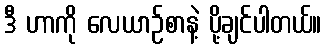
ဒီ ဟာကို လေယာဉ်စာနဲ့ ပို့ချင်ပါတယ်။